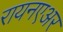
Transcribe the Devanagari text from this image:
रायनएअर